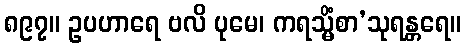
၈၉၇။ ဥပဟာရေ ဗလိ ပုမေ၊ ကရသ္မိံစာ’သုရန္တရေ။